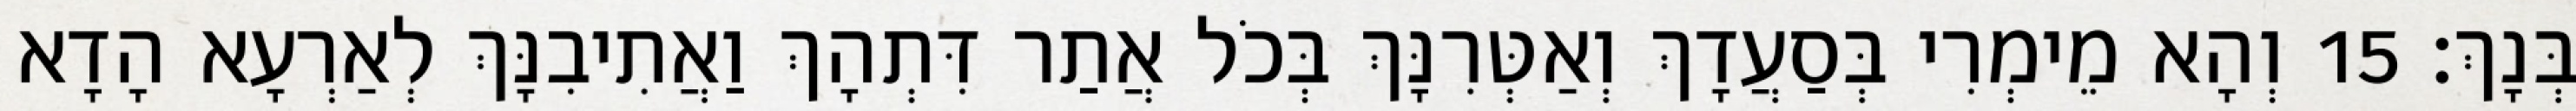
בְּנָךְ׃ 15 וְהָא מֵימְרִי בְּסַעֲדָךְ וְאַטְּרִנָּךְ בְּכֹל אֲתַר דִּתְהָךְ וַאֲתִיבִנָּךְ לְאַרְעָא הָדָא